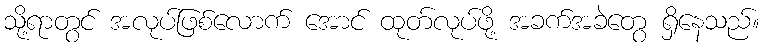
သို့ရာတွင် အလုပ်ဖြစ်လောက် အောင် ထုတ်လုပ်ဖို့ အခက်အခဲတွေ ရှိနေသည်။